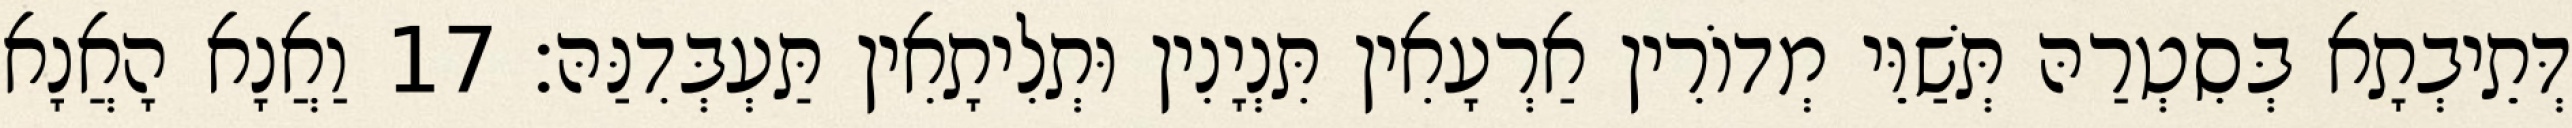
דְּתֵיבְתָא בְּסִטְרַהּ תְּשַׁוֵּי מְדוֹרִין אַרְעָאִין תִּנְיָנִין וּתְלִיתָאִין תַּעְבְּדִנַּהּ׃ 17 וַאֲנָא הָאֲנָא